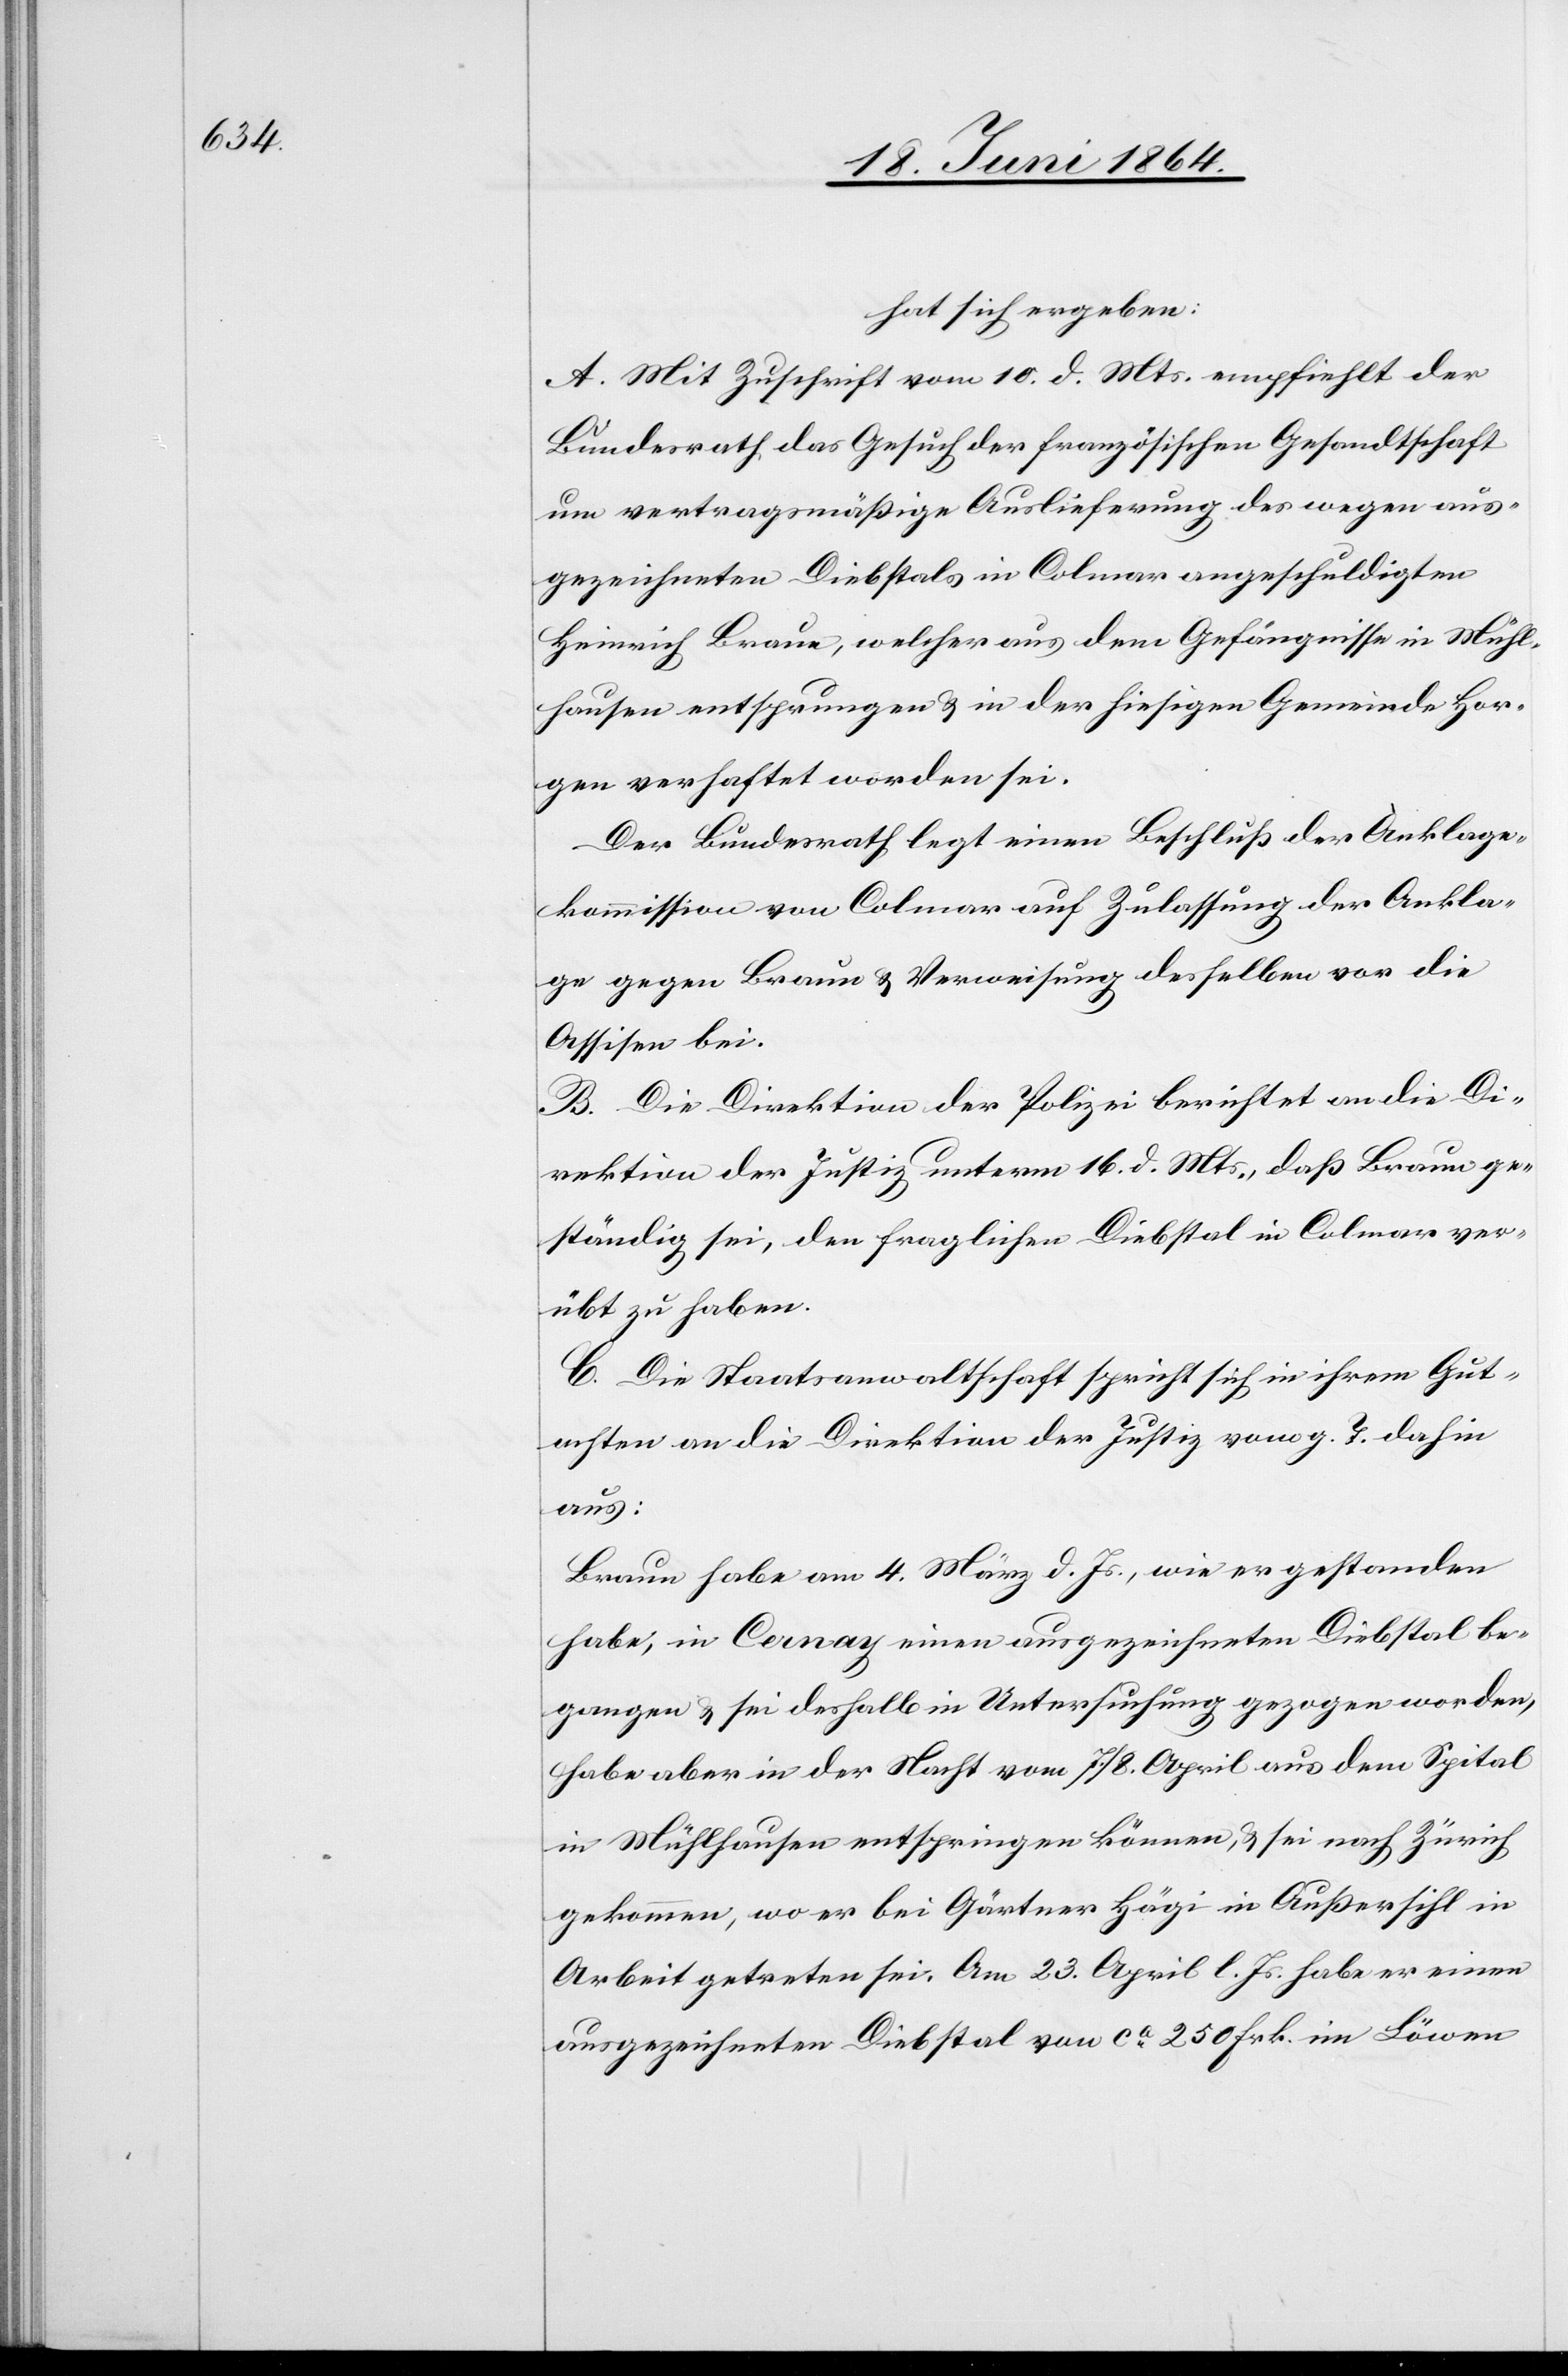
hat sich ergeben:
A: Mit Zuschrift vom 10. d. Mts. empfiehlt der
Bundesrath das Gesuch der französischen Gesandtschaft
um vertragsmäßige Auslieferung des wegen aus¬
gezeichneten Diebstals in Colmar angeschuldigten
Heinrich Braun, welcher aus dem Gefängnisse in Mühl¬
hausen entsprungen u. in der hiesigen Gemeinde Hor¬
gen verhaftet worden sei.
Der Bundesrath legt einen Beschluß der Anklage¬
kommission von Colmar auf Zulassung der Ankla¬
ge gegen Braun u. Verweisung desselben vor die
Assisen bei.
B. Die Direktion der Polizei berichtet an die Di¬
rektion der Justiz unterm 16. d. Mts., daß Braun ge¬
ständig sei, den fraglichen Diebstal in Colmar ver¬
übt zu haben.
C. Die Staatsanwaltschaft spricht sich in ihrem Gut¬
achten an die Direktion der Justiz vom g. T. dahin
aus:
Braun habe am 4. März d. Js., wie er gestanden
habe, in Cernay einen ausgezeichneten Diebstal be¬
gangen u. sei deshalb in Untersuchung gezogen worden,
habe aber in der Nacht vom 7./8. April aus dem Spital
in Mühlhausen entspringen können, u. sei nach Zürich
gekommen, wo er bei Gärtner Hägi in Außersihl in
Arbeit getreten sei. Am 23. April l. Js. habe er einen
ausgezeichneten Diebstal von ca 250 Frk. im Löwen